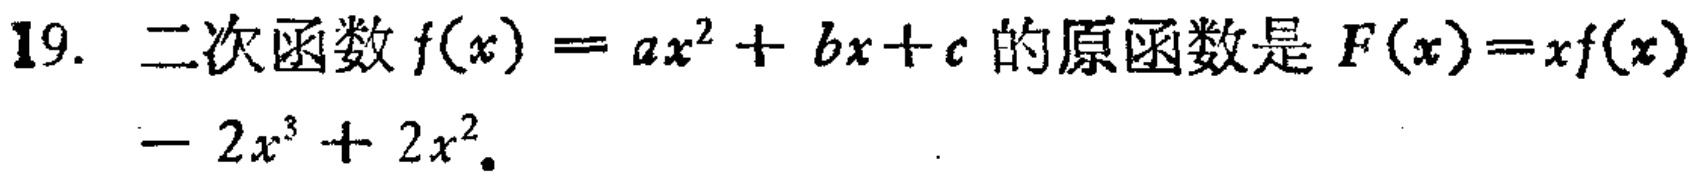
19. 二次函数$f(x)=ax^{2}+bx + c$的原函数是$F(x)=xf(x)-2x^{3}+2x^{2}$。